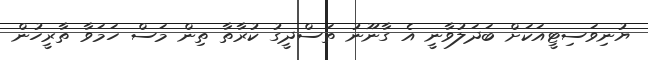
ޔުނިވަސިޓީއަކަށް ބަދަލުވާނީ އެ ގާނޫނު ތަސްދީގު ކުރާތާ ތިން މަސް ހަމަވާ ތާރީހުން